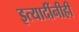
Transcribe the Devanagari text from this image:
इत्यादींनीही